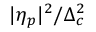
| \eta _ { p } | ^ { 2 } / \Delta _ { c } ^ { 2 }